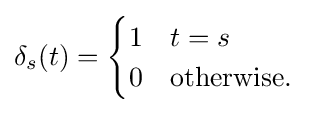
\delta _{s}(t)={\begin{cases}1&t=s\\0&{\text{otherwise.}}\end{cases}}